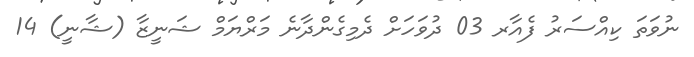
ނުވަތަ ކިއްސަރު ފެއާރ 03 ދުވަހަށް ދެމިގެންދާނެ މަރްޔަމް ޝަނީޒާ (ޝާނީ) 14